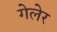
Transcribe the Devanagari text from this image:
गेलेर